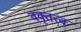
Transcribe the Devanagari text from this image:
वक्तृत्त्व